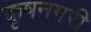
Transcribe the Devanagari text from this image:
कृषनगरी